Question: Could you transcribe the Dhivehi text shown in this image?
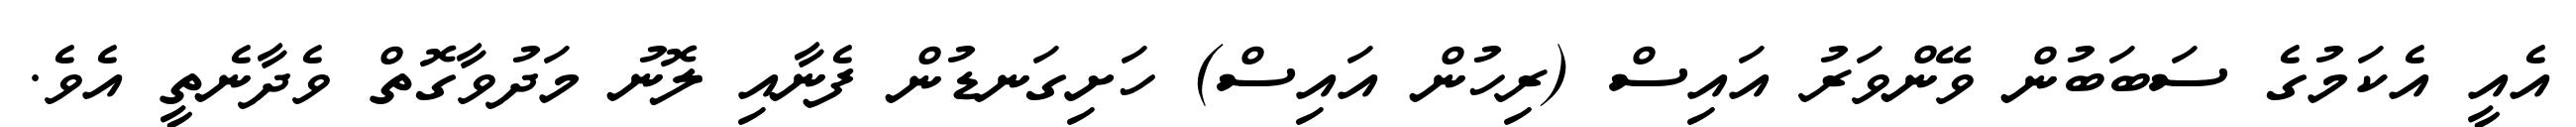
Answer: އެއީ އެކަމުގެ ސަބަބުން ވޭންވަރު އައިސް (ރިހުން އައިސް) ހަށިގަނޑުން ފެނާއި ލޮނު މަދުވާގޮތް ވެދާނެތީ އެވެ.